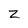
Character: z